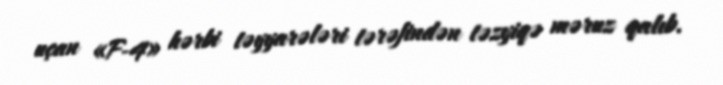
uçan «F-4» hərbi təyyarələri tərəfindən təzyiqə məruz qalıb.